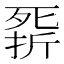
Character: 𣩁